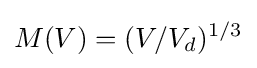
M(V)=(V/V_{d})^{1/3}